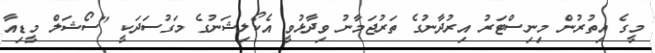
މީގެ އިތުރުން މިނިސްޓަރު އިރުދާނުގެ ތަރުޖަމާނު ވިދާޅުވީ އެކޯލިޝަނުގެ މަގުސަދަކީ "ސޯޝަލް މީޑިއާ